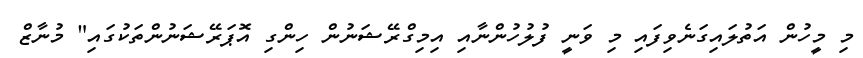
މި މީހުން އަތުލައިގަނެވިފައި މި ވަނީ ފުލުހުންނާއި އިމިގްރޭޝަނުން ހިންގި އޮޕަރޭޝަނުންތަކުގައި" މުނާޒް